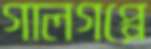
গালগপ্পে